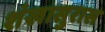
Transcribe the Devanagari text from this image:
शंखासुरास